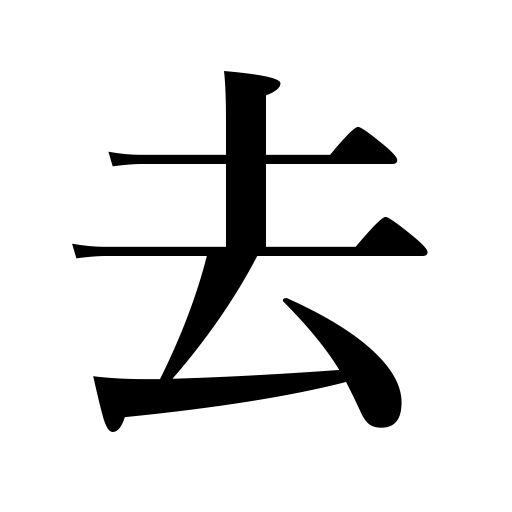
Meanings: remove,eliminate,be gone,be over,move away,get rid of,quit,be distant from,elapse,leave,pass,divorce